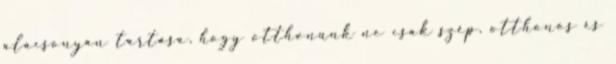
alacsonyan tartása, hogy otthonunk ne csak szép, otthonos és